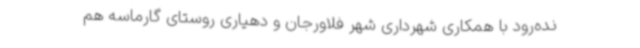
نده‌رود با همکاری شهرداری شهر فلاورجان و دهیاری روستای گارماسه هم